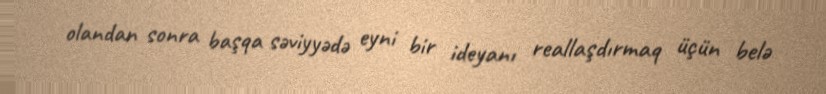
olandan sonra başqa səviyyədə eyni bir ideyanı reallaşdırmaq üçün belə